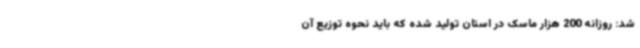
شد: روزانه 200 هزار ماسک در استان تولید شده که باید نحوه توزیع آن